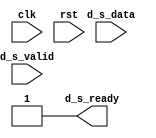
module destination(
    input  wire          clk              ,
    input  wire          rst              ,
    input  wire          d_s_valid        ,
    output reg           d_s_ready  = 0   ,
    input  wire [DW-1:0] d_s_data             
); 

parameter           DW   = 8 ;
reg        [DW-1:0] data = 0 ;


initial
begin
    #75
    d_s_ready = 1 ;
    #50
    d_s_ready = 0 ;
    #50
    d_s_ready = 1 ;
end

always@(posedge clk)
begin
    if(rst == 1)
    begin
        data <= 0            ;
    end
    else if(d_s_valid && d_s_ready)
    begin
        data <= d_s_data + 1 ;
    end

end

endmodule